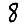
Digit: 8